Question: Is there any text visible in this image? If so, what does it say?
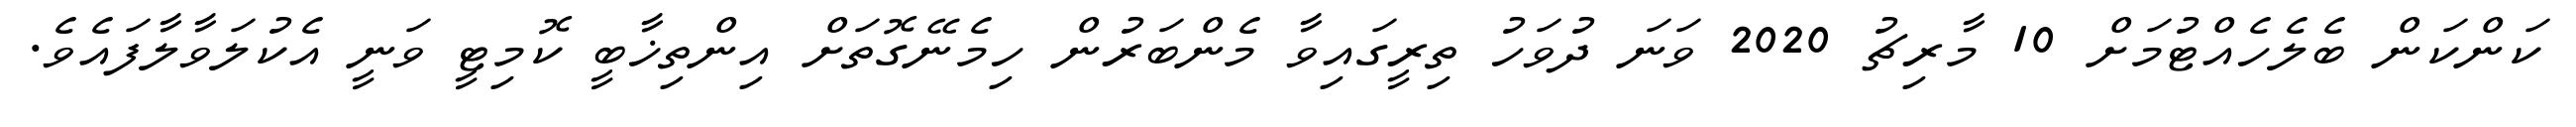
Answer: ކަންކަން ބެލެހެއްޓުމަށް 10 މާރިޗު 2020 ވަނަ ދުވަހު ތިރީގައިވާ މެންބަރުން ހިމެނޭގޮތަށް އިންތިޚާބީ ކޮމިޓީ ވަނީ އެކުލަވާލާފައެވެ.